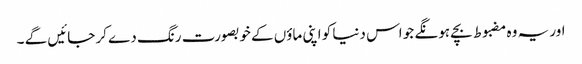
اور یہ وہ مضبوط بچے ہونگے جو اس دنیا کو اپنی ماؤں کے خوبصورت رنگ دے کر جائیں گے ۔